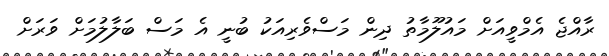
ރާއްޖެ އެމްވީއަށް މައުލޫމާތު ދިން މަސްވެރިއަކު ބުނީ އެ މަސް ބަލާލުމަށް ވަރަށް